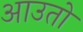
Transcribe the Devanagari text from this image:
आउतो